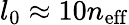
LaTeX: l_{0}\approx 10n_{\mathrm{eff}}